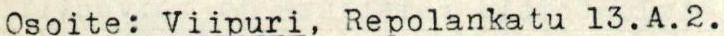
Osoite: Viipuri, Repolankatu 13.A.2.